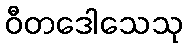
ဝီတဒေါသေသု